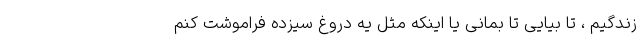
زندگیم ، تا بیایی تا بمانی یا اینکه مثل یه دروغ سیزده فراموشت کنم